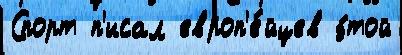
Спорт п'исал европ'е́йцев э́той